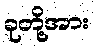
ခုတို့အား